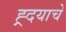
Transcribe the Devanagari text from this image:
ह्र्दयाचे